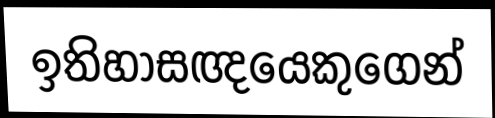
ඉතිහාසඥයෙකුගෙන්